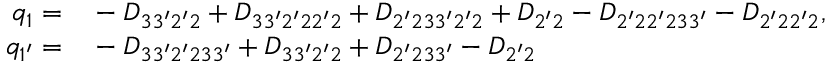
\begin{array} { r l } { { q _ { 1 } } = } & { { } - { D _ { 3 3 ^ { \prime } 2 ^ { \prime } 2 } } + { D _ { 3 3 ^ { \prime } 2 ^ { \prime } 2 2 ^ { \prime } 2 } } + { D _ { 2 ^ { \prime } 2 3 3 ^ { \prime } 2 ^ { \prime } 2 } } + { D _ { 2 ^ { \prime } 2 } } - { D _ { 2 ^ { \prime } 2 2 ^ { \prime } 2 3 3 ^ { \prime } } } - { D _ { 2 ^ { \prime } 2 2 ^ { \prime } 2 } } , } \\ { { q _ { 1 ^ { \prime } } } = } & { { } - { D _ { 3 3 ^ { \prime } 2 ^ { \prime } 2 3 3 ^ { \prime } } } + { D _ { 3 3 ^ { \prime } 2 ^ { \prime } 2 } } + { D _ { 2 ^ { \prime } 2 3 3 ^ { \prime } } } - { D _ { 2 ^ { \prime } 2 } } } \end{array}